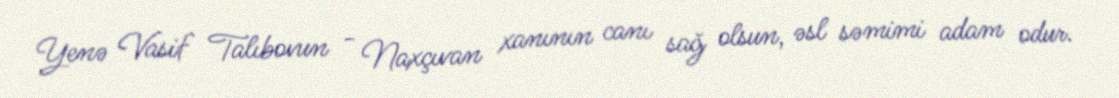
Yenə Vasif Talıbovun - Naxçıvan xanının canı sağ olsun, əsl səmimi adam odur.